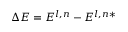
\Delta E = E ^ { l , n } - E ^ { l , n \ast }